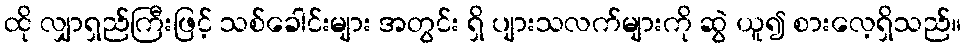
ထို လျှာရှည်ကြီးဖြင့် သစ်ခေါင်းများ အတွင်း ရှိ ပျားသလက်များကို ဆွဲ ယူ၍ စားလေ့ရှိသည်။